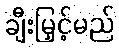
ချီးမြှင့်မည်